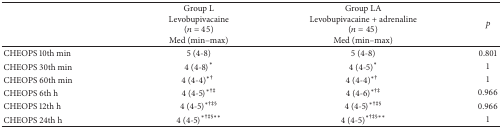
<table><thead><tr><td><b> </b></td><td><b>Group LLevobupivacaine(<i>n</i> = 45)Med (min–max)</b></td><td><b>Group LALevobupivacaine + adrenaline(<i>n</i> = 45)Med (min–max)</b></td><td><b><i>p</i></b></td></tr></thead><tbody><tr><td>CHEOPS 10th min</td><td>5 (4-8)</td><td>5 (4-8)</td><td>0.801</td></tr><tr><td>CHEOPS 30th min</td><td>4 (4-8)<sup><i>∗</i></sup></td><td>4 (4-5)<sup><i>∗</i></sup></td><td>1</td></tr><tr><td>CHEOPS 60th min</td><td>4 (4-4)<sup><i>∗</i>†</sup></td><td>4 (4-4)<sup><i>∗</i>†</sup></td><td>1</td></tr><tr><td>CHEOPS 6th h</td><td>4 (4-5)<sup><i>∗</i>†‡</sup></td><td>4 (4-6)<sup><i>∗</i>†‡</sup></td><td>0.966</td></tr><tr><td>CHEOPS 12th h</td><td>4 (4-5)<sup><i>∗</i>†‡§</sup></td><td>4 (4-5)<sup><i>∗</i>†‡§</sup></td><td>0.966</td></tr><tr><td>CHEOPS 24th h</td><td>4 (4-5)<sup><i>∗</i>†‡§<i>∗∗</i></sup></td><td>4 (4-5)<sup><i>∗</i>†‡§<i>∗∗</i></sup></td><td>1</td></tr></tbody></table>